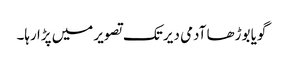
گویا بوڑھا آدمی دیر تک تصویر میں پڑا رہا۔